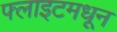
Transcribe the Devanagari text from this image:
फ्लाइटमधून